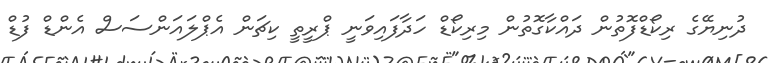
ދުނިޔޭގެ ރިކޯޑްފޮތުން ދައްކާގޮތުން މިރިކޯޑް ހަދާފައިވަނީ ޕްރީތީ ކިޗަން އެޕްލައަންސަސް އެންޑް ފުޑް